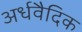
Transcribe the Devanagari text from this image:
अर्धवैदिक